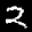
Label: 2